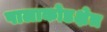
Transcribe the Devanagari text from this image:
पालाकोडक्षेत्र